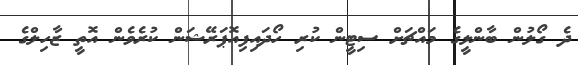
ދެ ގޯލުން ބާންލީގެ މައްޗަށް ސިޓީން ކުރި ހޯދައިފިއޮޕަރޭޝަން ކުރެވެން އޮތީ ޒާހިލްގެ